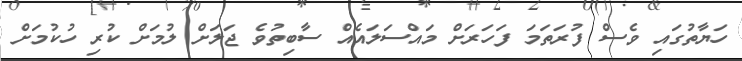
ހަޔާތުގައި ވެސް ފުރަތަމަ ފަހަރަށް މައްސަލައެއް ސާބިތުވެ ޖަލަށް ލުމަށް ކުރި ހުކުމަށް